Report on sanitation, dispensaries, and jails in Rajputana for 1920, and on vaccination for the year 1920-1921 - 1920-1921
Year: 1920
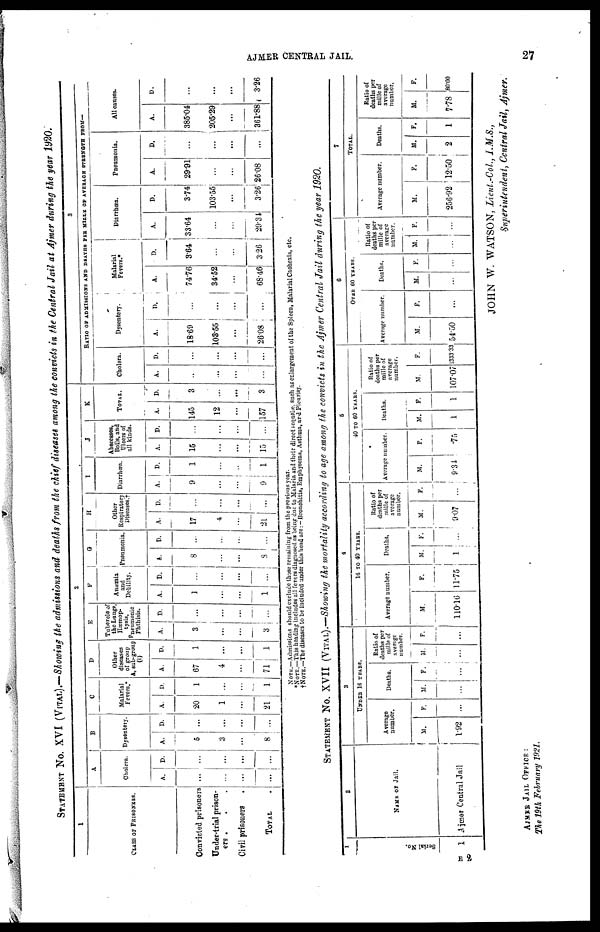
AJMER CENTRAL JAIL.
27
STATEMENT No. XVI (VITAL).—Showing the admissions and deaths from the chief diseases among the convicts in the Central Jail at Ajmer during the year 1920.
1
CLASS OF PRISONERS.
Convicted prisoners
Under-trial prison-
ers . . .
Civil prisoners .
TOTAL .
2
A
Cholera.
A.
...
...
...
...
D.
...
...
...
...
B
Dysentery.
A.
5
3
...
8
D.
...
...
...
...
C
Malarial
Fevers.*
A.
20
1
...
21
D.
1
...
...
1
D
Other
diseases
of group
A, sub-group
(i)
A.
67
4
...
71
D.
1
...
...
1
E
Tubercle of
the Lungs,
Hæmop-
tysis,
Pneumonic
Phthisis.
A.
3
...
...
3
D.
...
...
...
...
F
Anæmia
and
Debility.
A.
1
...
...
1
D.
...
...
...
...
G
Pneumonia.
A.
8
...
...
8
D.
...
...
...
...
H
Other
Respiratory
Diseases. †
A.
17
...
...
21
D.
...
...
...
...
I
Diarrhæa.
A.
9
...
...
9
D.
1
...
...
1
J
Abscesses,
Boils, and
Ulcers of
all kinds.
A.
15
...
...
15
D.
...
...
...
...
K
TOTAL
A.
145
12
...
157
D.
3
...
...
3
3
RATIO OF ADMISSIONS AND DEATHS PER MILLE OF AVERAGE STRENGTH FROM—
Cholera.
A.
...
...
...
...
D.
...
...
...
...
Dysentery.
A.
18.69
103.55
...
26.08
D.
...
...
...
...
Malarial
Fevers.*
A.
74.76
34.52
...
68.46
D.
3.64
...
...
3.26
Diarrhæa.
A.
33.64
...
...
29.34
D.
3.74
103.55
...
3.26
Pneumonia.
A.
29.91
...
...
26.08
D.
...
...
...
...
All causes.
A.
385.04
205.29
...
361.88
D.
...
...
...
3.26
NOTE.—Admissions should exclude those remaining from the previous year.
*NOTE.—This heading includes all fevers diagnosed as being due to Malaria and their direct sequelie, such as enlargement of the Spleen, Malarial Cachexia, etc.
†NOTE.—The diseases to be included under this head are:— Bronchitis, Emphysema, Asthma, and Pleurisy.
STATEMENT No. XVII (VITAL).—Showing the mortality according to age among the convicts in the Ajmer Central Jail during the year 1920.
1
Serial No.
1
2
NAME OF JAIL.
Ajmer Central Jail
3
UNDER 16 YEARS.
Average
number.
M.
1.92
F.
...
Deaths.
M.
...
F.
...
Ratio of
deaths per
mille of
average
number.
M.
...
F.
...
4
16 TO 40 YEARS.
Average number.
M.
110.16
F.
11.75
Deaths.
M.
1
F.
...
Ratio of
deaths per
mille of
average
number.
M.
9.07
F.
...
5
40 TO 60 YERAS.
Average number.
M.
9.34
F.
.75
Deaths.
M.
1
F.
1
Ratio of
deaths per
mille of
average
number.
M.
107.07
F.
1333.33
6
OVER 60 YEARS.
Average number.
M.
54.50
F.
...
Deaths.
M.
...
F.
...
Ratio of
deaths per
mille of
average
number.
M.
...
F.
...
7
TOTAL.
Average number.
M.
256.92
F.
12.50
Deaths.
M.
2
F.
1
Ratio of
deaths per
mille of
average
number.
M.
7.78
F.
80.00
E 2
AJMER JAIL OFFICE :
The 19th February 1921.
JOHN W. WATSON, Lieut.-Col., I.M.S.,
Superintendent, Central Jail, Ajmer.